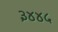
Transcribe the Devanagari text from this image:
३४४५